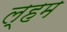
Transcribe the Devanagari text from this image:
ल्हम